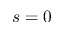
s = 0